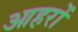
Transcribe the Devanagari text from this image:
आहरों